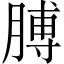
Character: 膊